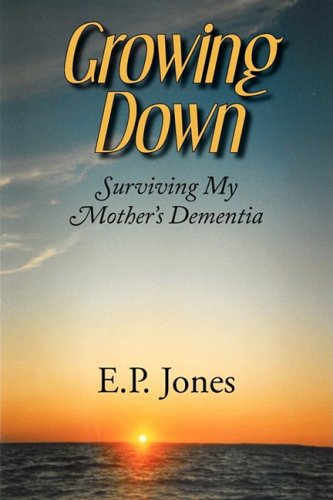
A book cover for Growing Down: Surviving My Mother's Dementia; E. P. Jones; Health, Fitness & Dieting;